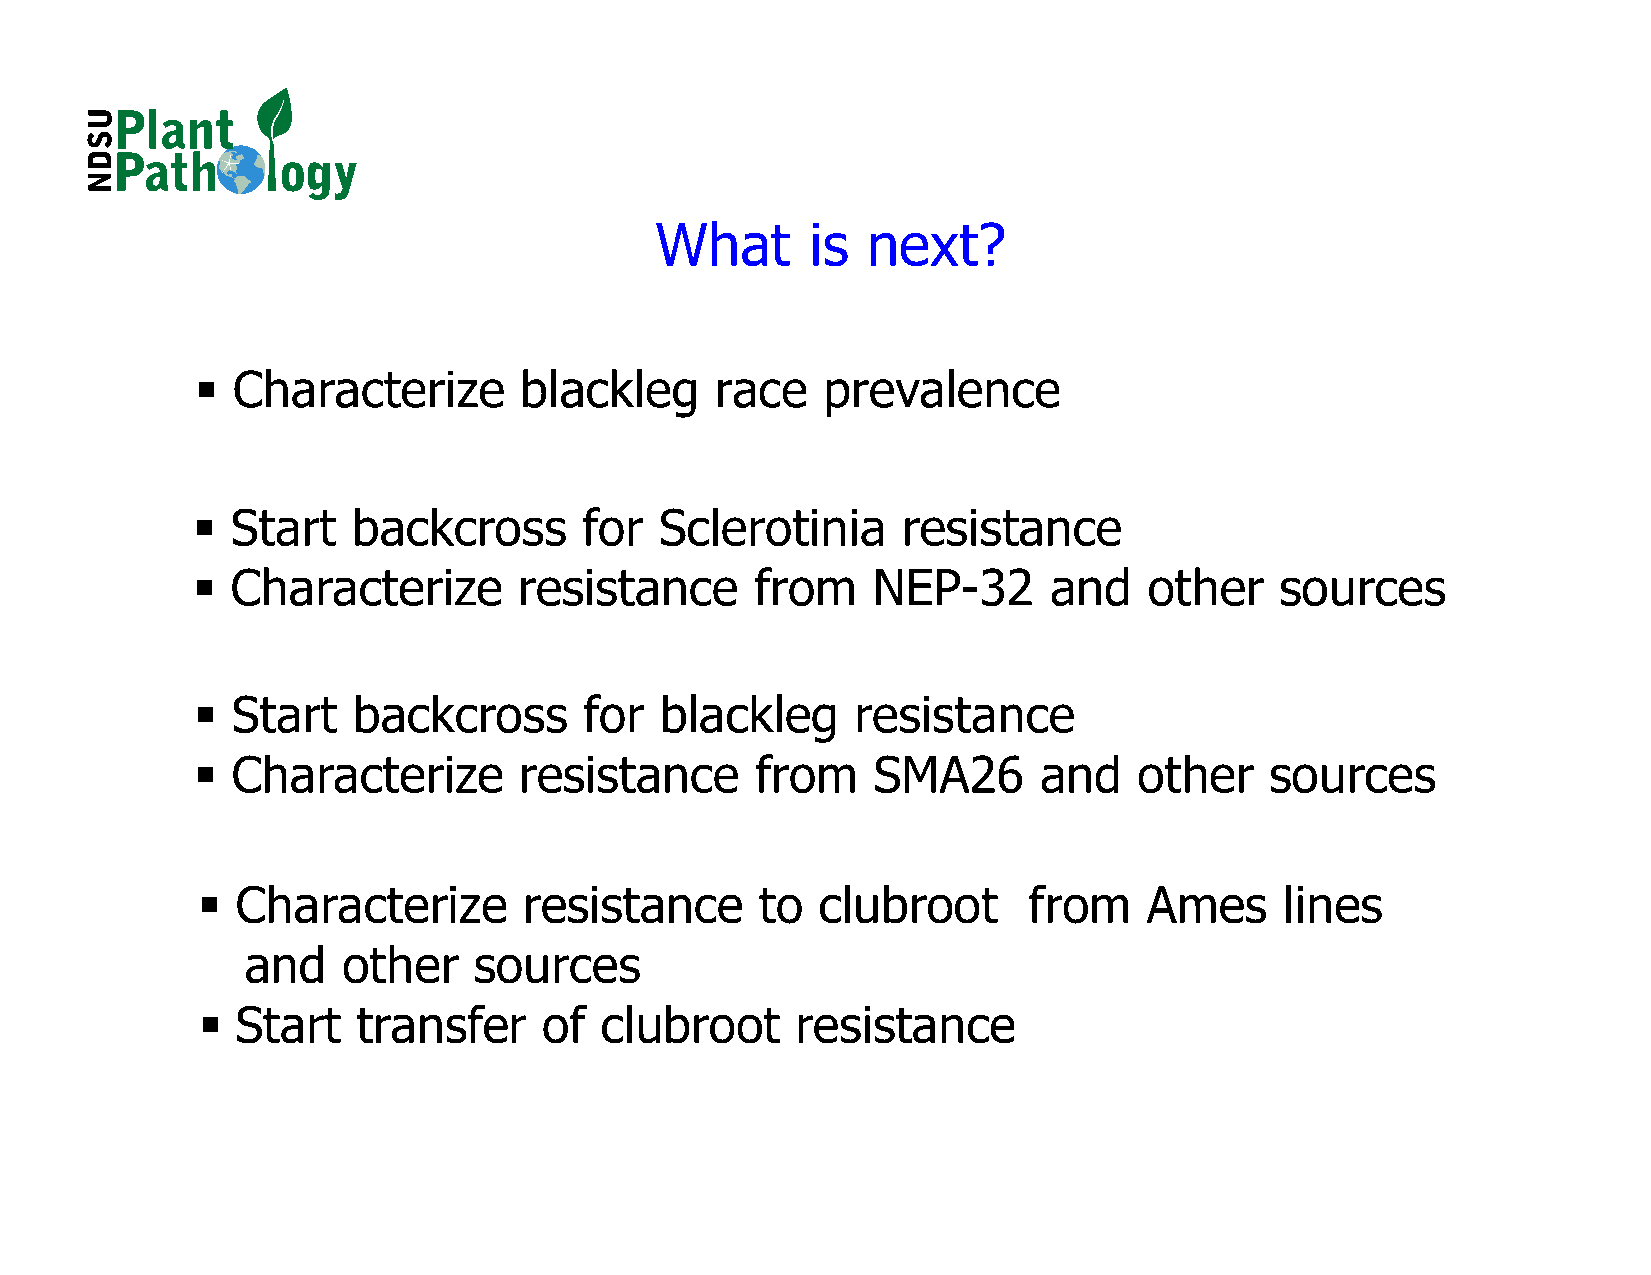
What       is next?
  Characterize       blackleg     race   prevalence
  Start   backcross       for  Sclerotinia     resistance
  Characterize       resistance      from    NEP-32     and    other    sources
  Start   backcross       for  blackleg     resistance
  Characterize       resistance      from    SMA26      and   other    sources
   Characterize       resistance     to  clubroot      from    Ames     lines
 and    other   sources
   Start   transfer    of  clubroot     resistance